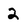
Character: 2